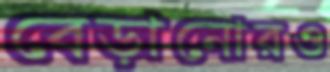
বেড়ানোরও